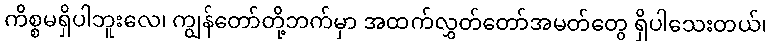
ကိစ္စမရှိပါဘူးလေ၊ ကျွန်တော်တို့ဘက်မှာ အထက်လွှတ်တော်အမတ်တွေ ရှိပါသေးတယ်၊